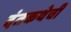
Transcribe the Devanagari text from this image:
दंतकथेची